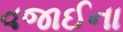
વજાઈના